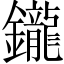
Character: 鑨